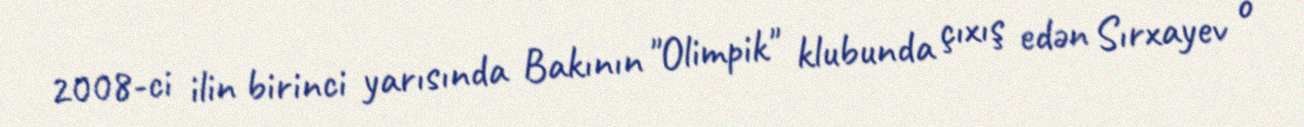
2008-ci ilin birinci yarısında Bakının "Olimpik" klubunda çıxış edən Sırxayev o